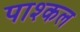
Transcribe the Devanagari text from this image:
पाश्कल